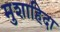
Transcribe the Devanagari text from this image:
मुशाहिदा